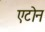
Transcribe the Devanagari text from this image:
एटोन